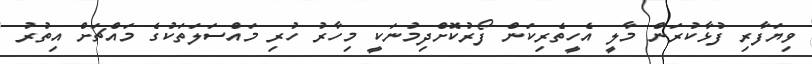
ވިޔަފާރި ފުޅާކުރަން މާލީ އެހީތެރިކަން ފޯރުކޮށްދިމުނަކީ މިހާރު ހުރި މައްސަލަތަކުގެ މައްޗަށް އިތުރު